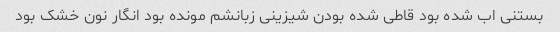
بستنی اب شده بود قاطی شده بودن شیزینی زبانشم مونده بود انگار نون خشک بود